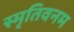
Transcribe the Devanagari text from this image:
स्मृतिवनम